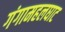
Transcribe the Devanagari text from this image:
गंगामहलघाट